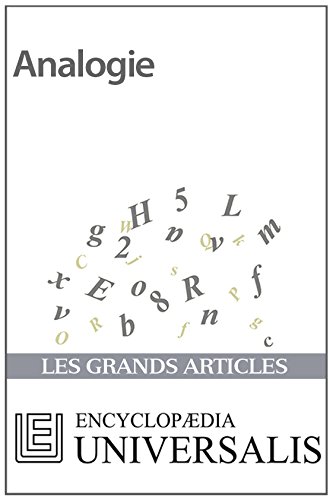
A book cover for Analogie (Les Grands Articles d'Universalis) (French Edition); EncyclopÃ¦dia Universalis; Test Preparation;